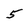
Character: 5